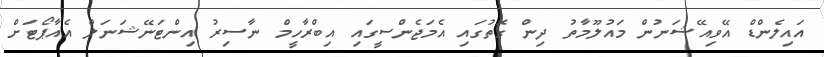
އައިލެންޑް އޭވިއޭޝަނުން މައުލޫމާތު ދިން ގޮތުގައި އެމަޖެންސީގައި އިބްރާހީމް ނާސިރު އިންޓަނޭޝަނަލް އެއާޕޯޓަށް